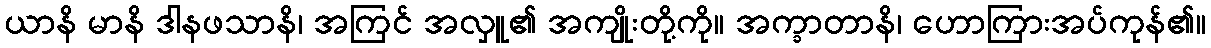
ယာနိ မာနိ ဒါနဖသာနိ၊ အကြင် အလှူ၏ အကျိုးတို့ကို။ အက္ခာတာနိ၊ ဟောကြားအပ်ကုန်၏။